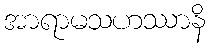
အာရာမသဟဿာနိ